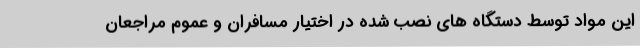
این مواد توسط دستگاه های نصب شده در اختیار مسافران و عموم مراجعان